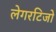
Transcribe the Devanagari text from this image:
लेगरटिजो